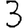
Digit: 3